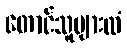
တောင်သူများထံ